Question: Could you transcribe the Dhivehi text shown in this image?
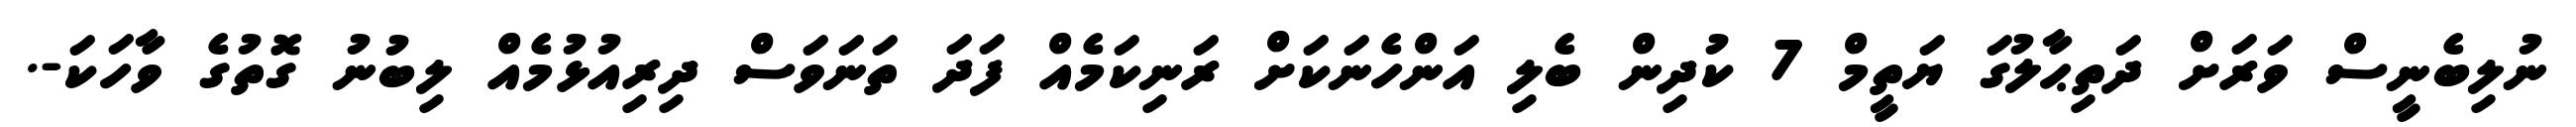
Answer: ނުލިބެނީސް ވަރަށް ދަތިޙާލުގަ ޔަތީމް 7 ކުދިން ބެލި އަންހެނަކަށް ރަނިކަމެއް ފަދަ ތަނަވަސް ދިރިއުޅުމެއް ލިބުނު ގޮތުގެ ވާހަކަ-.